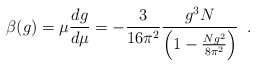
\begin{align*}\beta(g) = \mu \frac{d g}{d \mu} = - \frac{3}{16 \pi^2} \frac{g^3 N}{\left( 1-\frac{N g^2}{8 \pi^2} \right)} \,\,\, .\end{align*}